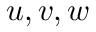
u , v , w